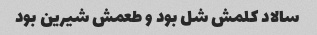
سالاد کلمش شل بود و طعمش شیرین بود